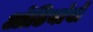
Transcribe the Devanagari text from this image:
ओढियांबो